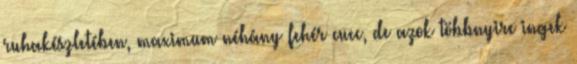
ruhakészletében, maximum néhány fehér cucc, de azok többnyire ingek